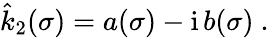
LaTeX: \hat{k}_{2}(\sigma)=a(\sigma)-\mathrm{i}\, b(\sigma)\ .